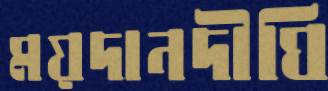
ময়দানদীঘি